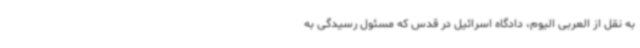
به نقل از العربی الیوم، دادگاه اسرائیل در قدس که مسئول رسیدگی به